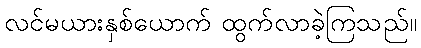
လင်မယားနှစ်ယောက် ထွက်လာခဲ့ကြသည်။